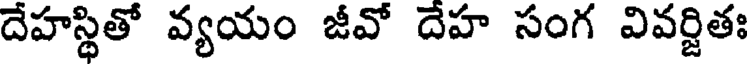
దేహస్థితో వ్యయం జీవో దేహ సంగ వివర్జితః